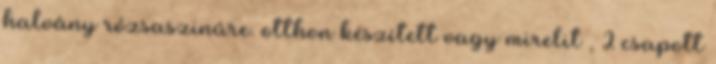
halvány rózsaszinûre. otthon készített vagy mirelit , 2 csapott